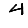
Digit: 4